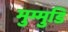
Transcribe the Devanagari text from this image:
मुम्मुडि